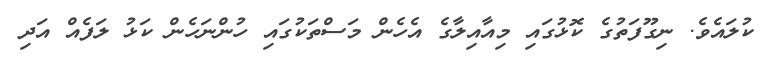
ކުލައެވެ. ނިގޫފަތުގެ ކޮޅުގައި މިއާއިލާގެ އެހެން މަސްތަކުގައި ހުންނަހެން ކަޅު ލަފެއް އަދި